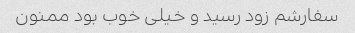
سفارشم زود رسید و خیلی خوب بود ممنون